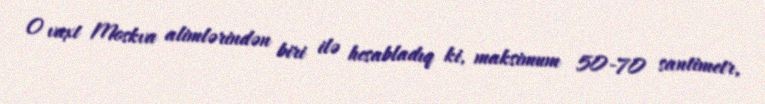
O vaxt Moskva alimlərindən biri ilə hesabladıq ki, maksimum 50-70 santimetr,